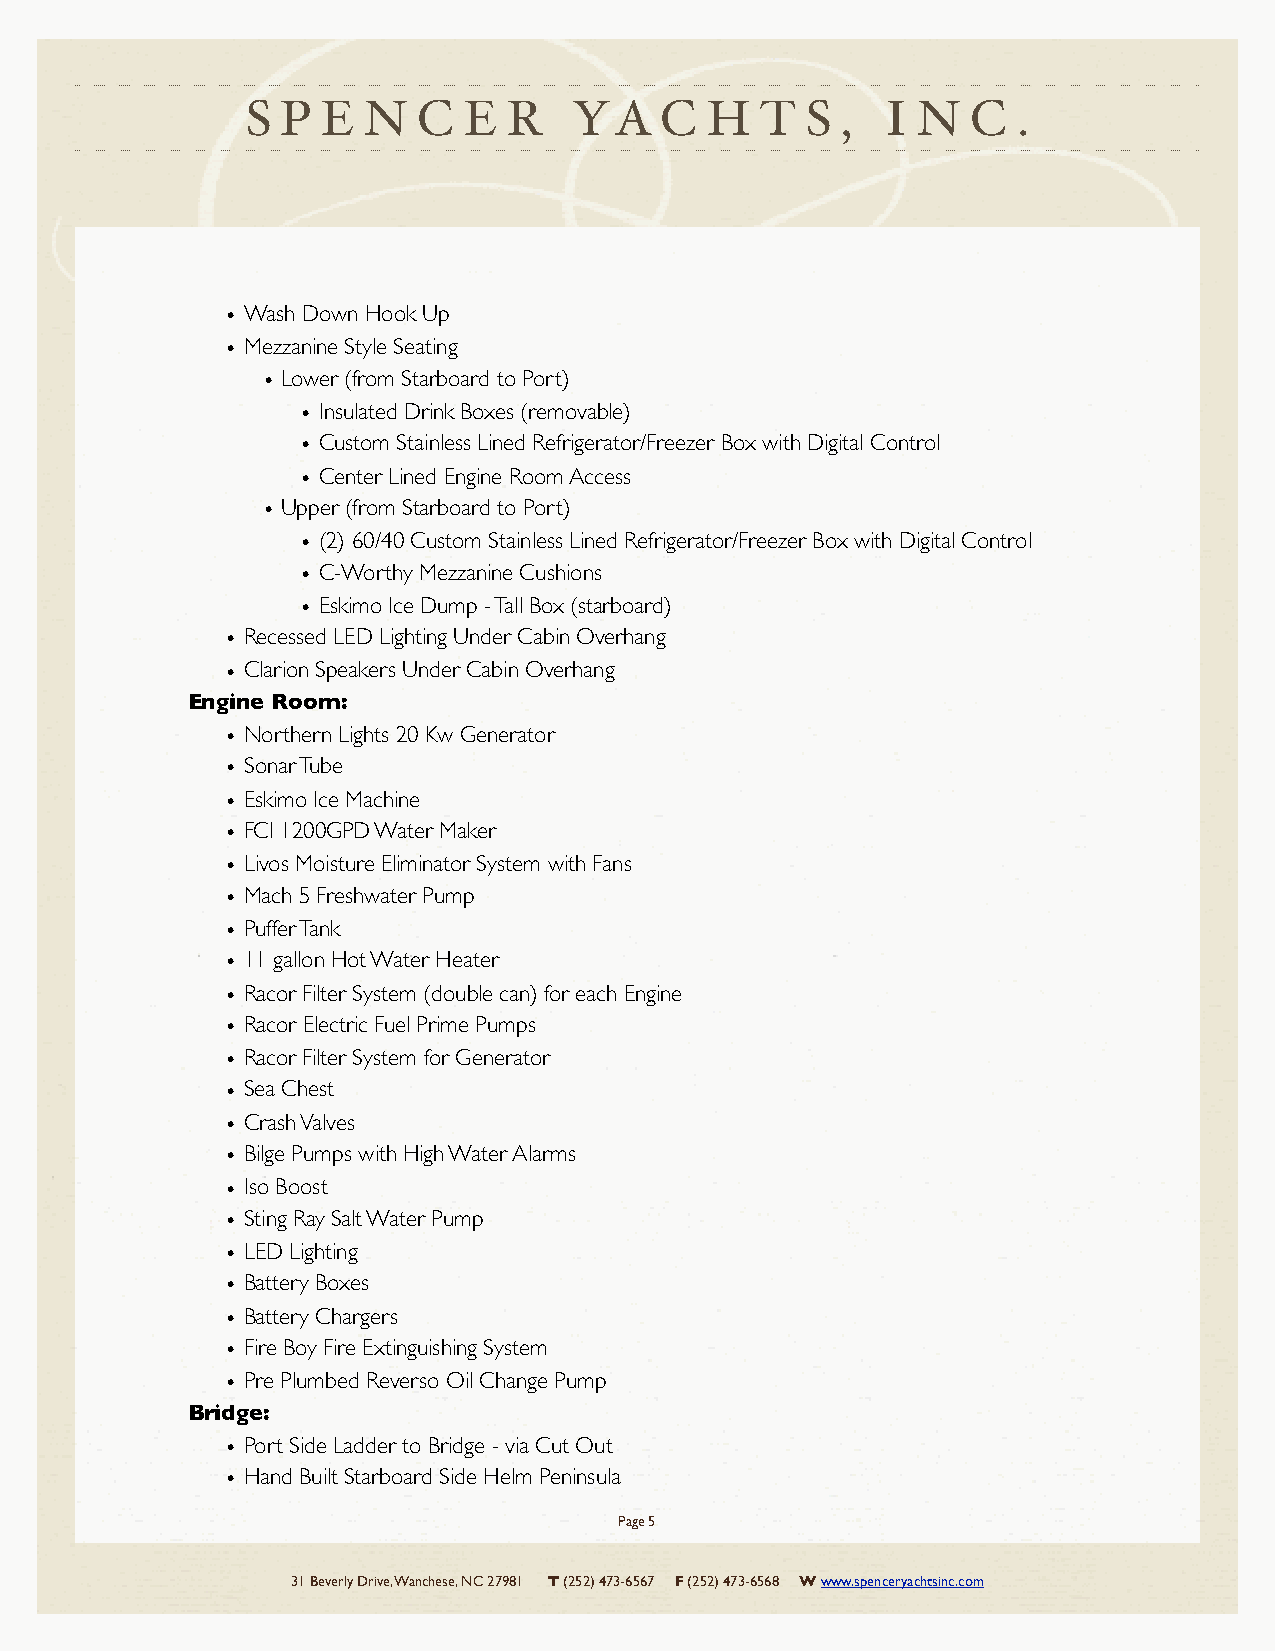
S  P E  N   C  E  R   YA    C  H  T  S  ,  I N  C  .
 • Wash Down Hook Up
 • Mezzanine Style Seating
 • Lower (from Starboard to Port)
 • Insulated Drink Boxes (removable)
 • Custom Stainless Lined Refrigerator/Freezer Box with Digital Control
 • Center Lined Engine Room Access
 • Upper (from Starboard to Port)
 • (2) 60/40 Custom Stainless Lined Refrigerator/Freezer Box with Digital Control
 • C-Worthy Mezzanine Cushions
 • Eskimo Ice Dump - Tall Box (starboard)
 • Recessed LED Lighting Under Cabin Overhang
 • Clarion Speakers Under Cabin Overhang
 Engine Room:
 • Northern Lights 20 Kw Generator
 • Sonar Tube
 • Eskimo Ice Machine
 • FCI 1200GPD Water Maker
 • Livos Moisture Eliminator System with Fans
 • Mach 5 Freshwater Pump
 • Puffer Tank
 • 11 gallon Hot Water Heater
 • Racor Filter System (double can) for each Engine
 • Racor Electric Fuel Prime Pumps
 • Racor Filter System for Generator
 • Sea Chest
 • Crash Valves
 • Bilge Pumps with High Water Alarms
 • Iso Boost
 • Sting Ray Salt Water Pump
 • LED Lighting
 • Battery Boxes
 • Battery Chargers
 • Fire Boy Fire Extinguishing System
 • Pre Plumbed Reverso Oil Change Pump
 Bridge:
 • Port Side Ladder to Bridge - via Cut Out
 • Hand Built Starboard Side Helm Peninsula
 Page 5
 31 Beverly Drive, Wanchese, NC 27981 T (252) 473-6567 F (252) 473-6568 W www.spenceryachtsinc.com